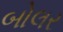
બોલર